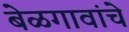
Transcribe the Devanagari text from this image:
बेळगावांचे